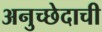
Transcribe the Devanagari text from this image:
अनुच्छेदाची